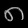
Digit: ၈